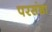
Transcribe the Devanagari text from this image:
परसंडा